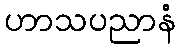
ဟာသပညာနံ